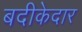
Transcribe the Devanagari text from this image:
बदीकेदार